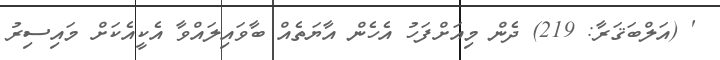
' (އަލްބަޤަރާ: 219) ދެން މިއަށްފަހު އެހެން އާޔަތެއް ބާވައިލައްވާ އެކީއެކަށް މައިސިރު